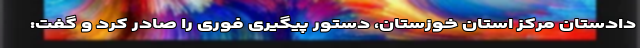
‌دادستان مرکز استان خوزستان‌، دستور پیگیری‌ فوری ‌‌را صادر کرد و گفت: